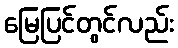
မြေပြင်တွင်လည်း